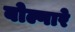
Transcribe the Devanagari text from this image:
बोल्गारे